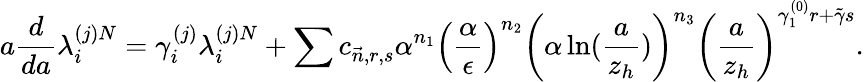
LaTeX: a\frac{d}{da}\lambda_{i}^{(j)N}=\gamma_{i}^{(j)}\lambda_{i}^{(j)N}+\sum c_{\vec{n},r,s}\alpha^{n_{1}}\left(\frac{\alpha}{\epsilon}\right)^{n_{2}}\left(\alpha\ln(\frac{a}{z_{h}})\right)^{n_{3}}\left(\frac{a}{z_{h}}\right)^{\gamma_{1}^{(0)}r+\tilde{\gamma}s}.